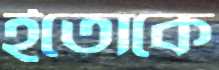
ইতোকে